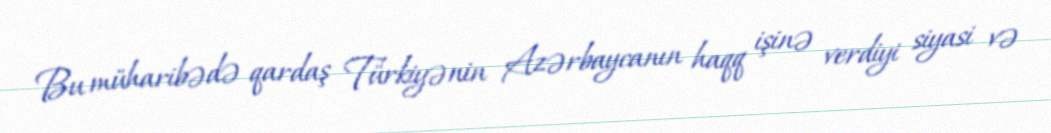
Bu müharibədə qardaş Türkiyənin Azərbaycanın haqq işinə verdiyi siyasi və